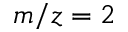
m / z = 2